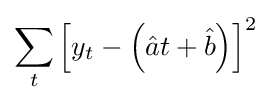
\sum _{t}\left[y_{t}-\left({\hat {a}}t+{\hat {b}}\right)\right]^{2}